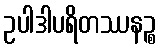
ဥပါဒါပရိတဿနဉ္စ